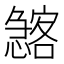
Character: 𱟖